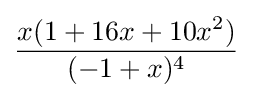
{\frac {x(1+16x+10x^{2})}{(-1+x)^{4}}}